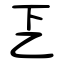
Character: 乤